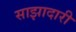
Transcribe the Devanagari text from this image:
साझादारी